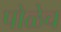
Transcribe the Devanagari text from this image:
पोळेच